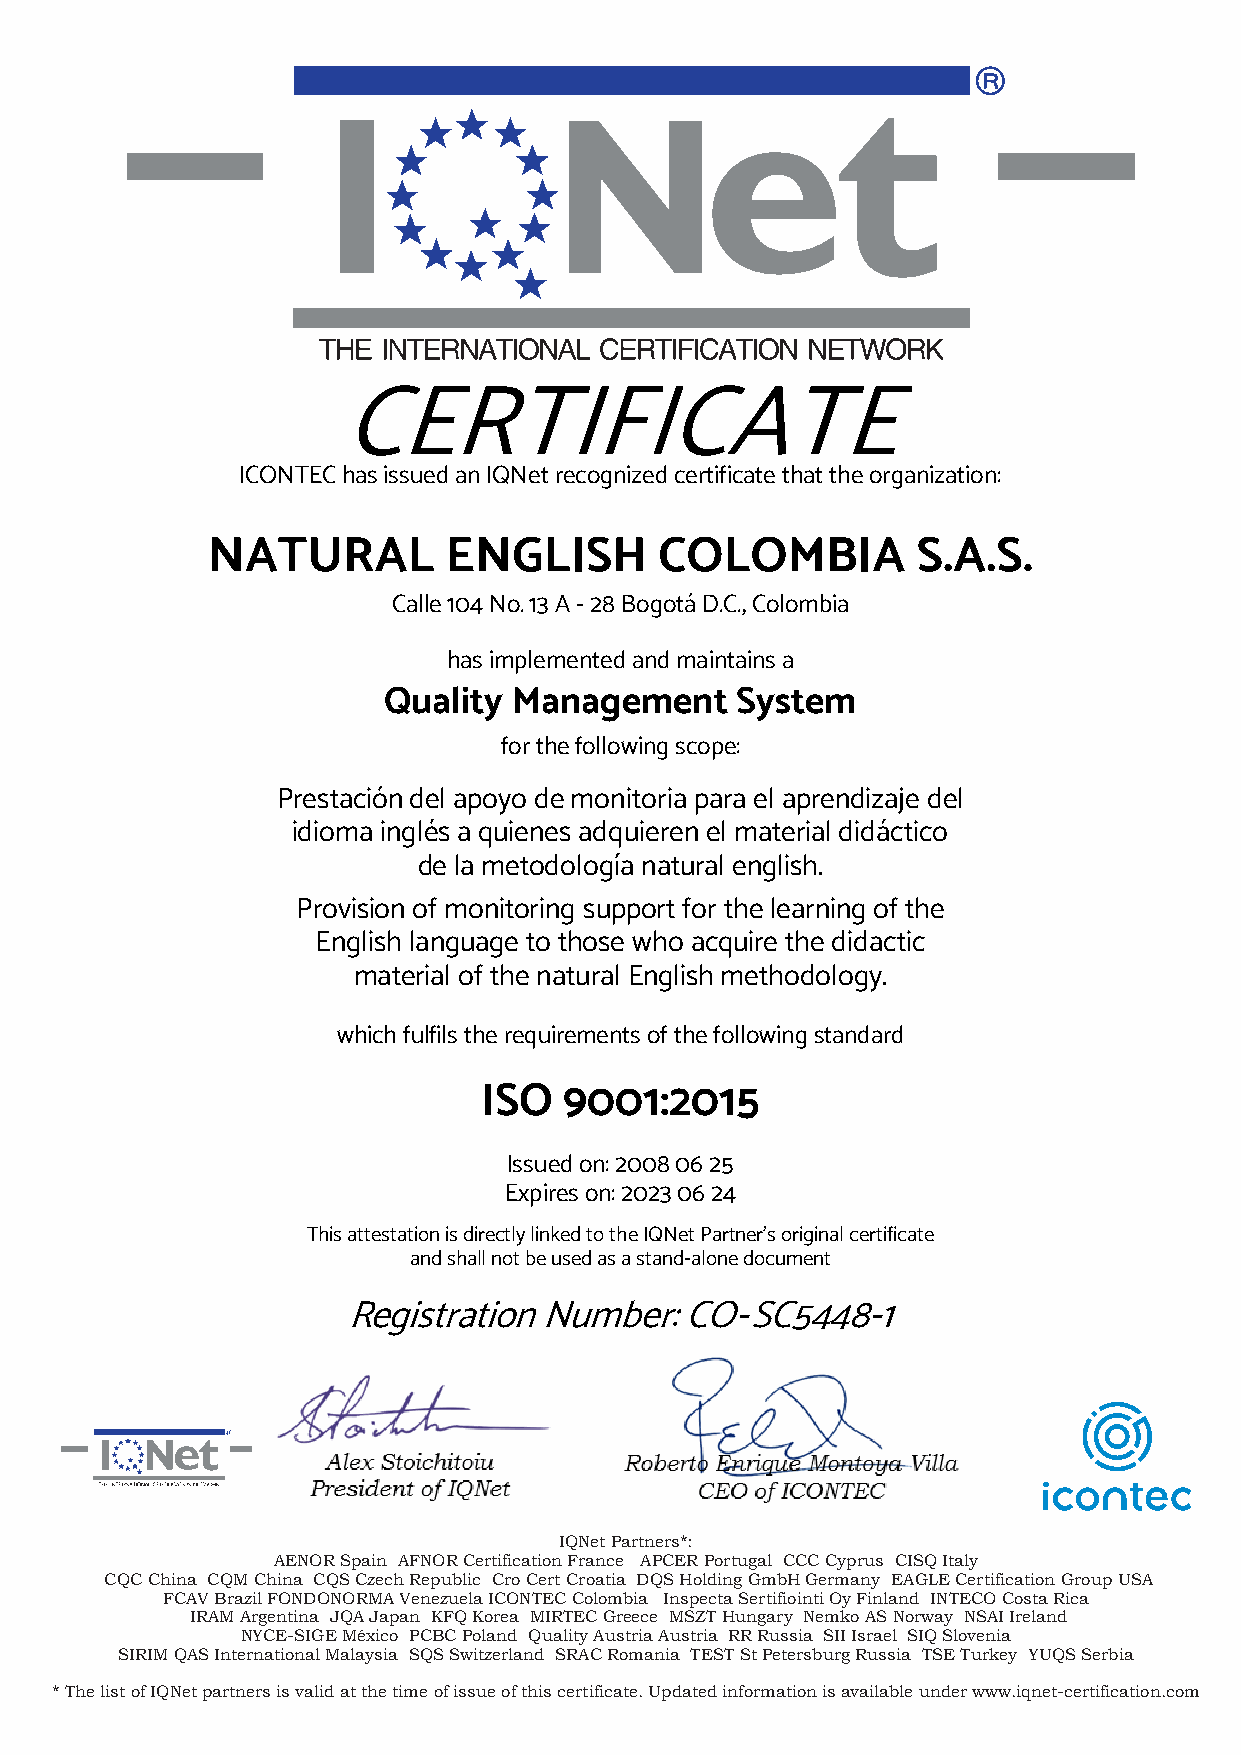
CERTIFICATE
 ICONTEC has issued an IQNet recognized certificate that the organization:
 NATURAL        ENGLISH        COLOMBIA         S.A.S.
 Calle 104 No. 13 A - 28 Bogotá D.C., Colombia
 has implemented and maintains a
 Quality  Management     System
 for the following scope:
 Prestación del apoyo de mon itoria para el aprendizaje del
 idioma inglés a quienes adquieren el material didáctico
 de la metodología natural english.
 Provision of monitoring support for the learning of the
 English language to those who acquire the didactic
 material of the natural English methodology.
 which fulfils the requirements of the following standard
 ISO  900   1:2015
 Issued on: 2008 06 25
 Expires on: 2023 06 24
 This attestation is directly linked to the IQNet Partner’s original certificate
 and shall not be used as a stand-alone document
 Registration Number:  CO-SC5448-1
 IQNet Partners*:
 AENOR Spain AFNOR Certification France APCER Portugal CCC Cyprus CISQ Italy
 CQC China CQM China CQS Czech Republic Cro Cert Croatia DQS Holding GmbH Germany EAGLE Certification Group USA
 FCAV Brazil FONDONORMA Venezuela ICONTEC Colombia Inspecta Sertifiointi Oy Finland INTECO Costa Rica
 IRAM Argentina JQA Japan KFQ Korea MIRTEC Greece MSZT Hungary Nemko AS Norway NSAI Ireland
 NYCE-SIGE México PCBC Poland Quality Austria Austria RR Russia SII Israel SIQ Slovenia
 SIRIM QAS International Malaysia SQS Switzerland SRAC Romania TEST St Petersburg Russia TSE Turkey YUQS Serbia
 * The list of IQNet partners is valid at the time of issue of this certificate. Updated information is available under www.iqnet-certification.com